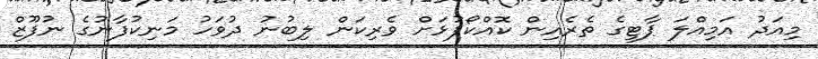
މިއަދު އަމިއްލަ ޕާޓީގެ ތެރެއިން ކޮއްކޯފުޅަށް ވެރިކަން ލިބުނު ދުވަހު މަނިކުފާނުގެ ނުފޫޒް